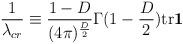
LaTeX: \begin{align*}\frac{1}{\lambda_{cr}}\equiv \frac{1-D}{(4\pi)^{\frac{D}{2}}} \Gamma(1-\frac{D}{2})\mbox{tr}\mbox{\boldmath$1$} \end{align*}